Civil Veterinary Dept. Bombay admin report 1907-1913 - 1907-1913
Year: 1907
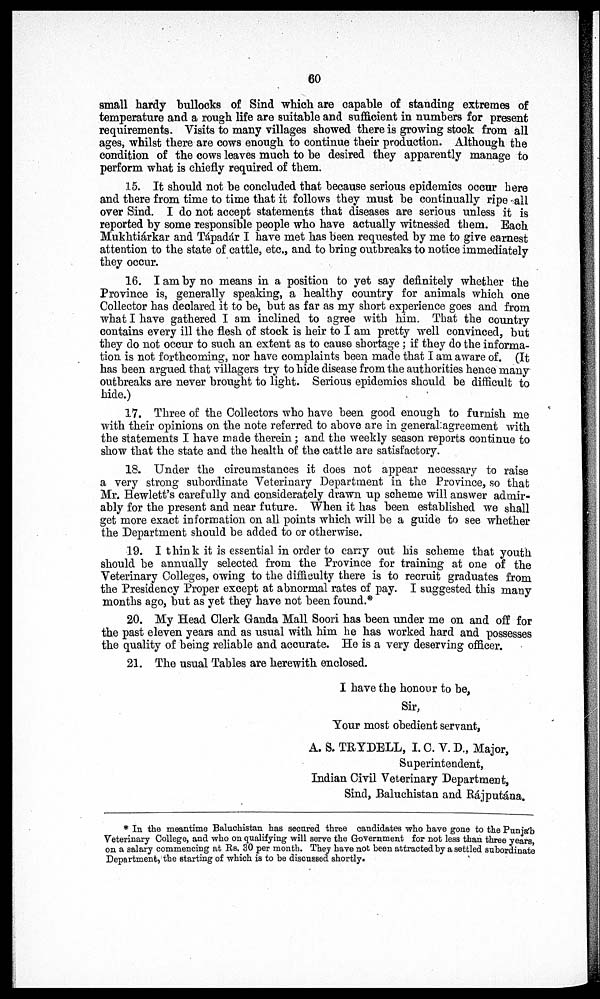
60
small hardy bullocks of Sind which are capable of standing extremes of
temperature and a rough life are suitable and sufficient in numbers for present
requirements. Visits to many villages showed there is growing stock from all
ages, whilst there are cows enough to continue their production. Although the
condition of the cows leaves much to be desired they apparently manage to
perform what is chiefly required of them.
15. It should not be concluded that because serious epidemics occur here
and there from time to time that it follows they must be continually ripe all
over Sind. I do not accept statements that diseases are serious unless it is
reported by some responsible people who have actually witnessed them. Each
Mukhtiárkar and Tápadár I have met has been requested by me to give earnest
attention to the state of cattle, etc., and to bring outbreaks to notice immediately
they occur.
16. I am by no means in a position to yet say definitely whether the
Province is, generally speaking, a healthy country for animals which one
Collector has declared it to be, but as far as my short experience goes and from
what I have gathered I am inclined to agree with him. That the country
contains every ill the flesh of stock is heir to I am pretty well convinced, but
they do not occur to such an extent as to cause shortage; if they do the informa-
tion is not forthcoming, nor have complaints been made that I am aware of. (It
has been argued that villagers try to hide disease from the authorities hence many
outbreaks are never brought to light. Serious epidemics should be difficult to
hide.)
17. Three of the Collectors who have been good enough to furnish me
with their opinions on the note referred to above are in general agreement with
the statements I have made therein; and the weekly season reports continue to
show that the state and the health of the cattle are satisfactory.
18. Under the circumstances it does not appear necessary to raise
a very strong subordinate Veterinary Department in the Province, so that
Mr. Hewlett's carefully and considerately drawn up scheme will answer admir-
ably for the present and near future. When it has been established we shall
get more exact information on all points which will be a guide to see whether
the Department should be added to or otherwise.
19. I think it is essential in order to carry out his scheme that youth
should be annually selected from the Province for training at one of the
Veterinary Colleges, owing to the difficulty there is to recruit graduates from
the Presidency Proper except at abnormal rates of pay. I suggested this many
months ago, but as yet they have not been found.*
20. My Head Clerk Ganda Mall Soori has been under me on and off for
the past eleven years and as usual with him he has worked hard and possesses
the quality of being reliable and accurate. He is a very deserving officer.
21. The usual Tables are herewith enclosed.
I have the honour to be,
Sir,
Your most obedient servant,
A. S. TRYDELL, I. C. V. D., Major,
Superintendent,
Indian Civil Veterinary Department,
Sind, Baluchistan and Rájputána.
* In the meantime Baluchistan has secured three candidates who have gone to the Punjab
Veterinary College, and who on qualifying will serve the Government for not less than three years,
on a salary commencing at Rs, 30 per month. They have not been attracted by a settled subordinate
Department, the starting of which is to be discussed shortly.